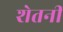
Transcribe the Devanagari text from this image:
शेतनी